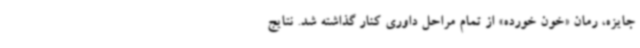
جایزه، رمان «خون خورده» از تمام مراحل داوری کنار گذاشته شد. نتایج